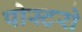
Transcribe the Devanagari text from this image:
पोस्टरो